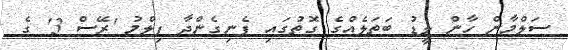
ސަލްމާން ހާން ލީޑު ބަތަލެއްގެ ގޮތުގައި ފެނިގެންދާ ފިލްމު 'ރޭސް 3' ގެ